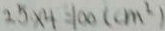
2 5 \times 4 = 1 0 0 ( c m ^ { 2 } )